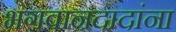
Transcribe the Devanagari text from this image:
भगवानदादांना